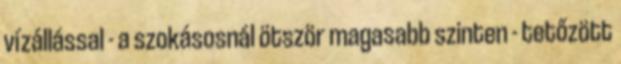
vízállással - a szokásosnál ötször magasabb szinten - tetőzött